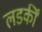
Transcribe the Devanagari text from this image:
लडकीं